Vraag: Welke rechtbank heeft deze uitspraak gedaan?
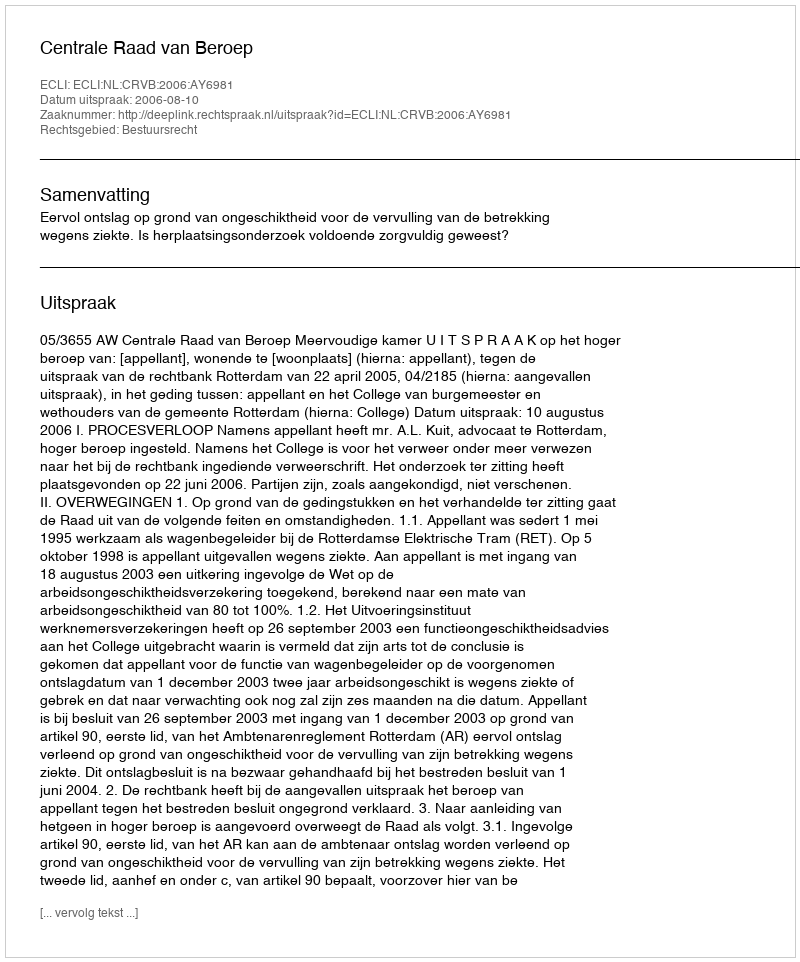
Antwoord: Centrale Raad van Beroep